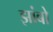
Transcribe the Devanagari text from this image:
झांबो